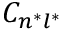
C _ { n ^ { * } l ^ { * } }